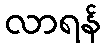
လာရန်